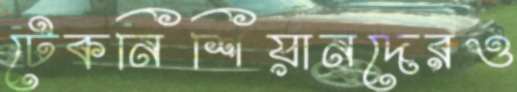
টেকনিশিয়ানদেরও